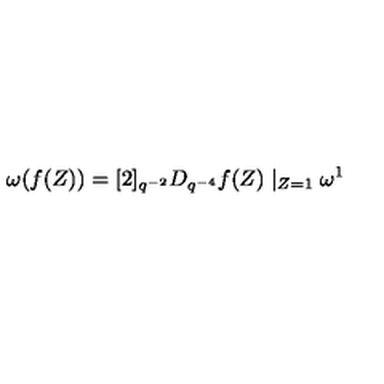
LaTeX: \omega ( f ( Z ) ) = [ 2 ] _ { q ^ { - 2 } } D _ { q ^ { - 4 } } f ( Z ) \mid _ { Z = 1 } \omega ^ { 1 }